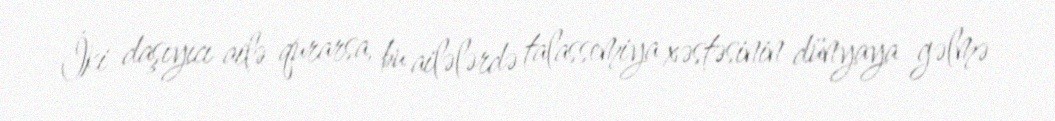
İki daşıyıcı ailə qurarsa, bu ailələrdə talassemiya xəstəsinin dünyaya gəlmə